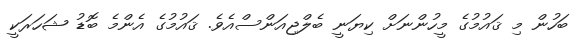
ބަހުން މި ޤައުމުގެ މީހުންނަށް ކިޔަނީ ބެލްޖިއަންސްއެވެ. ޤައުމުގެ އެންމެ ބޮޑު ޝަހަރަކީ